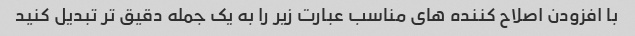
با افزودن اصلاح کننده های مناسب عبارت زیر را به یک جمله دقیق تر تبدیل کنید